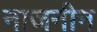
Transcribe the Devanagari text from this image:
नाजनीन